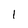
Character: I